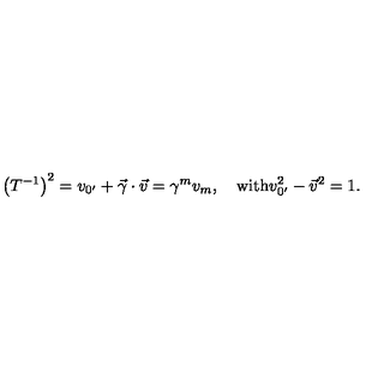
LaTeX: \left( T ^ { - 1 } \right) ^ { 2 } = v _ { 0 ^ { \prime } } + \vec { \gamma } \cdot \vec { v } = \gamma ^ { m } v _ { m } , \quad \mathrm { { w i t h } } v _ { 0 ^ { \prime } } ^ { 2 } - \vec { v } ^ { 2 } = 1 . \mathrm { { } }